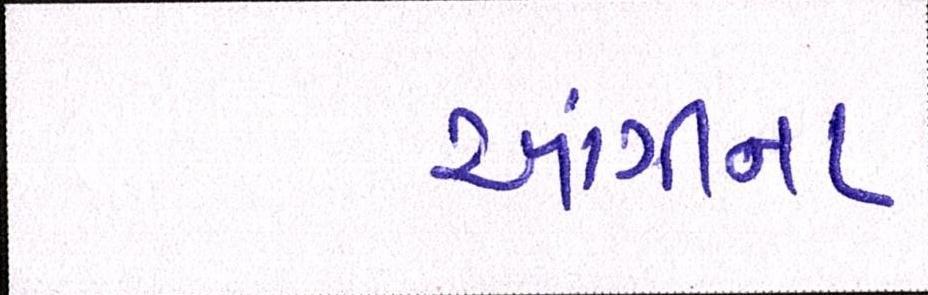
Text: આંગીના